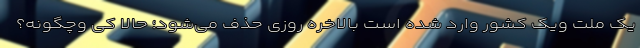
یک ملت ویک کشور وارد شده است بالاخره روزی حذف می‌شود؛ حالا کی وچگونه؟